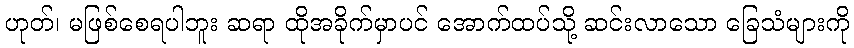
ဟုတ်၊ မဖြစ်စေရပါဘူး ဆရာ ထိုအခိုက်မှာပင် အောက်ထပ်သို့ ဆင်းလာသော ခြေသံများကို